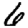
Digit: 6